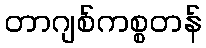
တာဂျစ်ကစ္စတန်